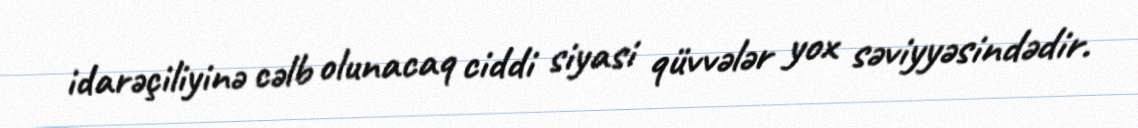
idarəçiliyinə cəlb olunacaq ciddi siyasi qüvvələr yox səviyyəsindədir.